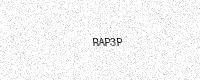
Text: RAP3P